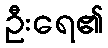
ဦးရေ၏